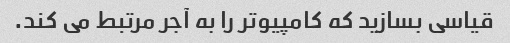
قیاسی بسازید که کامپیوتر را به آجر مرتبط می کند.